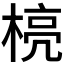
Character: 𪳄